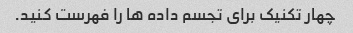
چهار تکنیک برای تجسم داده ها را فهرست کنید.